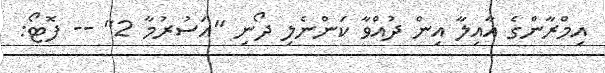
އިމްރާންގެ އާއިލާ އިން ދުއްވާ ކަންނެލި ދޯނި "އަސުރުމާ 2" -- ފޮޓޯ: